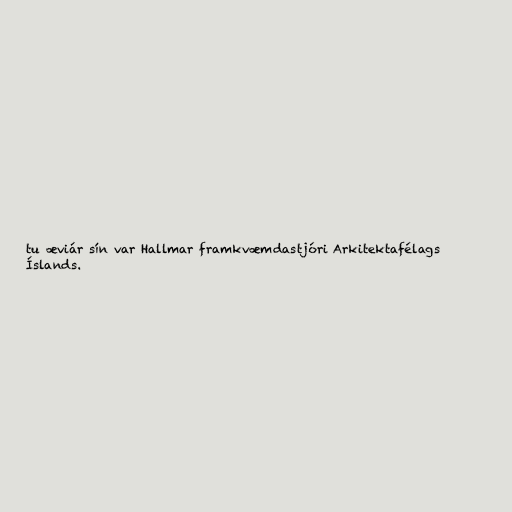
tu æviár sín var Hallmar framkvæmdastjóri Arkitektafélags
Íslands.